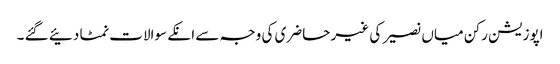
اپوزیشن رکن میاں نصیر کی غیر حاضری کی وجہ سے انکے سوالات نمٹا دئیے گئے ۔